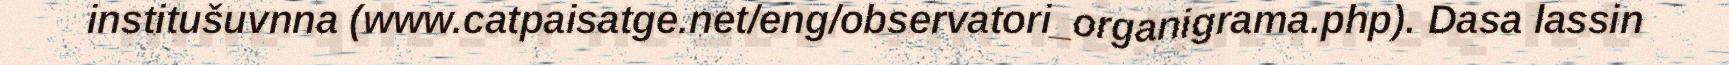
institušuvnna (www.catpaisatge.net/eng/observatori_organigrama.php). Dasa lassin